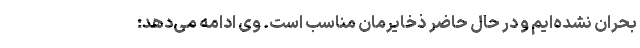
بحران نشده‌ایم و در حال حاضر ذخایرمان مناسب است. وی ادامه می‌دهد: